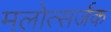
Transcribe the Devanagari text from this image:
मलोत्सर्जक